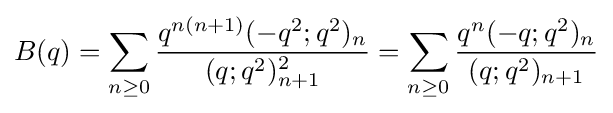
B(q)=\sum _{n\geq 0}{\frac {q^{n(n+1)}(-q^{2};q^{2})_{n}}{(q;q^{2})_{n+1}^{2}}}=\sum _{n\geq 0}{\frac {q^{n}(-q;q^{2})_{n}}{(q;q^{2})_{n+1}}}